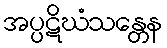
အပ္ပဋိဃံသန္တေန